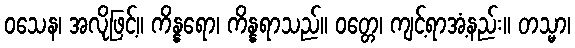
ဝသေန၊ အလိုဖြင့်။ ကိန္နရော၊ ကိန္နရာသည်။ ဝတ္တေ၊ ကျင့်ရာအံ့နည်း။ တသ္မာ၊